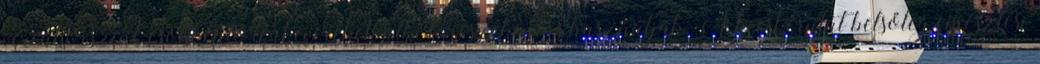
vércukorszint-csökkentő teakeverékek alkotórészeként is használják. A kecskerutát belsőleg emésztési